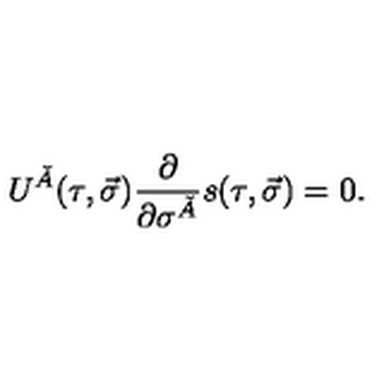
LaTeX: U ^ { \check { A } } ( \tau , \vec { \sigma } ) \frac { \partial } { \partial \sigma ^ { \check { A } } } s ( \tau , \vec { \sigma } ) = 0 .